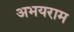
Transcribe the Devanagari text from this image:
अभयराम